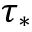
\tau _ { * }